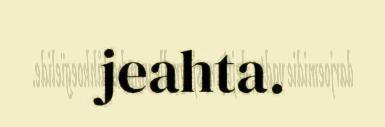
jeahta.